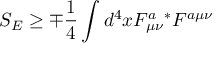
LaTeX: S _ { E } \geq \mp \frac { 1 } { 4 } \int d ^ { 4 } x F _ { \mu \nu } ^ { a } { } ^ { * } F ^ { a \mu \nu }